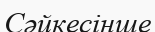
Сәйкесінше